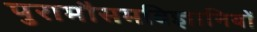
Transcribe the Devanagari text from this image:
पुरामौसमविज्ञानियों